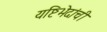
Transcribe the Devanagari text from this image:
यष्टिभेदांची